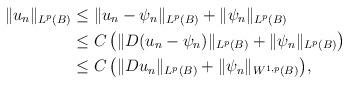
LaTeX: \begin{align*} \|u_{n}\|_{L^{p}(B)}&\le \|u_{n}-\psi_n\|_{L^{p}(B)}+\|\psi_n\|_{L^{p}(B)}\\ &\le C\, \big(\|D(u_{n}-\psi_n)\|_{L^{p}(B)}+\|\psi_n\|_{L^{p}(B)}\big)\\ &\le C\, \big(\|Du_{n}\|_{L^{p}(B)}+\|\psi_n\|_{W^{1,p}(B)}\big), \end{align*}